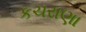
કચરાણા